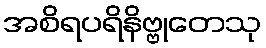
အစိရပရိနိဗ္ဗုတေသု